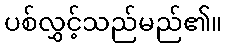
ပစ်လွှင့်သည်မည်၏။